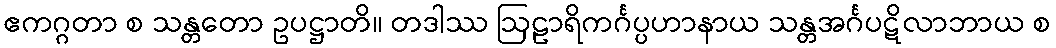
ဧကဂ္ဂတာ စ သန္တတော ဥပဋ္ဌာတိ။ တဒါဿ ဩဠာရိကင်္ဂပ္ပဟာနာယ သန္တအင်္ဂပဋိလာဘာယ စ